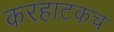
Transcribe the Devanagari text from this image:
करहाटकच